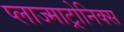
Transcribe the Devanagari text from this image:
प्लाज्माट्रोनिक्स